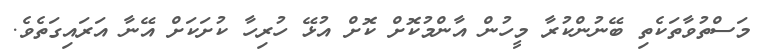
މަސްތުވާތަކެތި ބޭނުންކުރާ މީހުން އާންމުކޮށް ކޮށް އުޅޭ ހުރިހާ ކުށަކަށް އޭނާ އަރައިގަތެވެ.